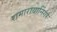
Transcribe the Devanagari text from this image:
रामारायानिंगर